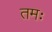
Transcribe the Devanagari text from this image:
तमः